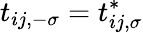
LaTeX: t_{ij,-\sigma}=t_{ij,\sigma}^{*}